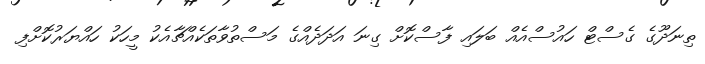
ތިނަދޫގެ ގެސްޓް ހައުސްއެއް ބަލައި ފާސްކޮށް ގިނަ އަދަދެއްގެ މަސްތުވާތަކެއްޗާއެކު މީހަކު ހައްޔަރުކޮށްފި